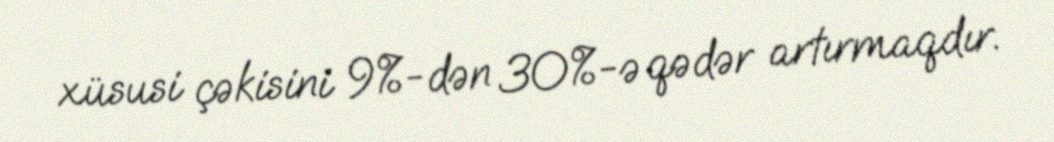
xüsusi çəkisini 9%-dən 30%-ə qədər artırmaqdır.